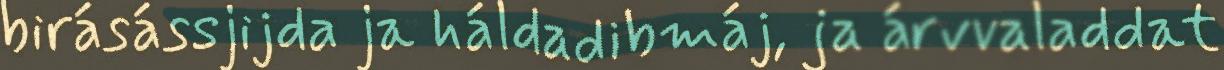
birásássjijda ja háldadibmáj, ja árvvaladdat